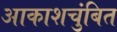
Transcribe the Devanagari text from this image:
आकाशचुंबित